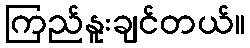
ကြည်နူးချင်တယ်။